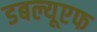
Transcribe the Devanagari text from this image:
डबल्यूएफ